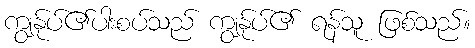
ကျွန်ုပ်၏ပါးစပ်သည် ကျွန်ုပ်၏ ရန်သူ ဖြစ်သည်။